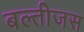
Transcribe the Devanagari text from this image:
बल्तीजस